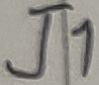
Text: J1